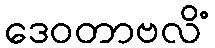
ဒေဝတာဗလိံ